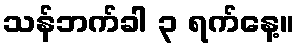
သန်ဘက်ခါ ၃ ရက်နေ့။